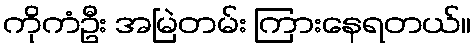
ကိုကံဦး အမြဲတမ်း ကြားနေရတယ်။